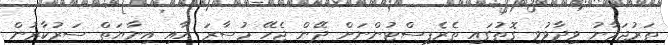
ތަރުޖަމާނު ވިދާޅުވި ގޮތުގައި ތެރެޕިސްޓުންނަށް ދޭން ޖެހޭ މުސާރަ އާއި އިނާޔަތް ސަރުކާރުން